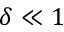
\delta \ll 1